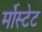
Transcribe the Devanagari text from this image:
र्मोस्टेट